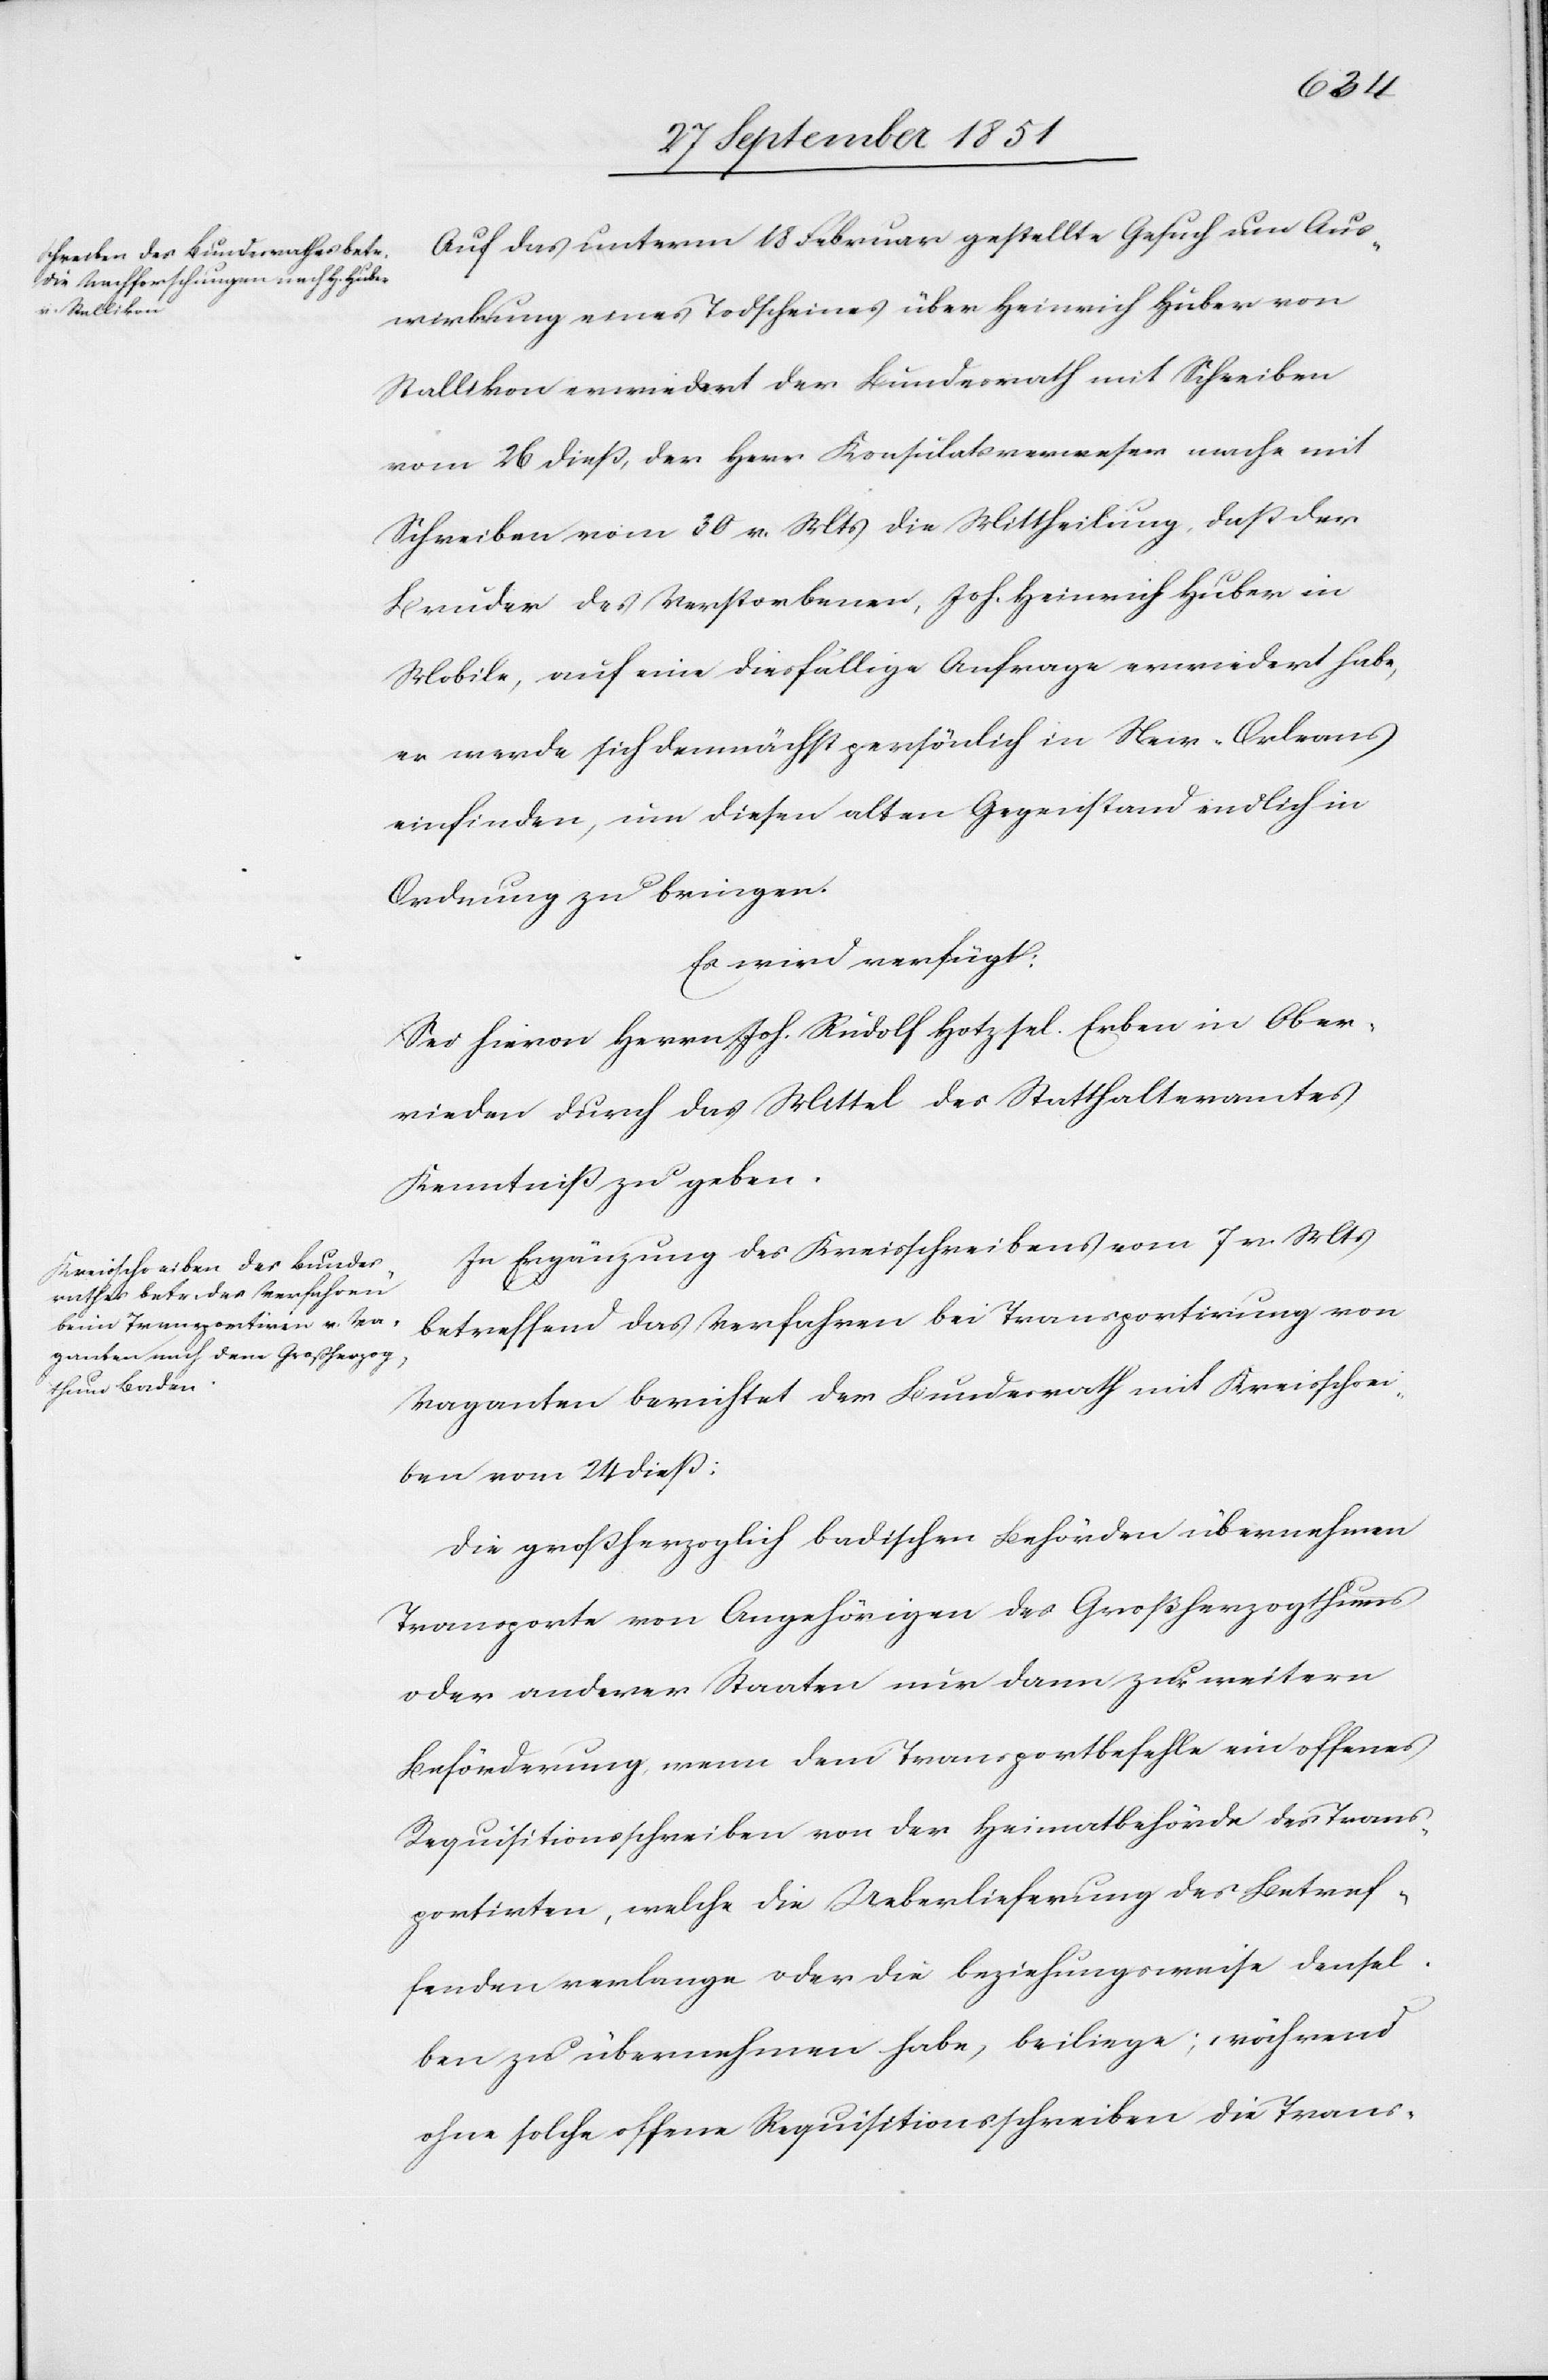
den
30 September 1851.]
Auf das unterm 18 Februar gestellte Gesuch um Aus¬
wirkung eines Todscheines über Heinrich Huber von
Stallikon erwiedert der Bundesrath mit Schreiben
vom 26 dieß, der Herr Konsulatsverweser mache mit
Schreiben vom 30 v. Mts die Mittheilung, daß der
Bruder des Verstorbenen, Joh. Heinrich Huber in
Mobile, auf eine diesfällige Anfrage erwiedert habe,
er werde sich demnächst persönlich in New-Orleans
einfinden, um diesen alten Gegenstand endlich in
Ordnung zu bringen.
Es wird verfügt:
Sei hievon Herrn Joh. Rudolf Hotz sel. Erben in Ober¬
rieden durch das Mittel des Statthalteramtes
Kenntniß zu geben.
In Ergänzung des Kreisschreibens vom 7 v. Mts
betreffend das Verfahren bei Transportirung von
Vaganten berichtet der Bundesrath mit Kreisschrei¬
ben vom 24 dieß:
Die großherzoglich badischen Behörden übernehmen
Transporte von Angehörigen des Großherzogthums
oder anderer Staaten nur dann zur weitern
Beförderung, wenn dem Transportbefehle ein offenes
Requisitionsschreiben von der Heimatbehörde des Trans¬
portirten, welche die Ueberlieferung des Betref¬
fenden verlange oder die beziehungsweise densel¬
ben zu übernehmen habe, beiliege; während
ohne solche offene Requisitionsschreiben die Trans-